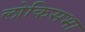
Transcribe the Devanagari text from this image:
लोकिसभा